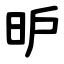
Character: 昈